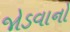
જોડવાનો